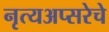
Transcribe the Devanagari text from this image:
नृत्यअप्सरेचे